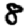
Digit: 8